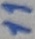
Text: 11